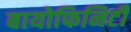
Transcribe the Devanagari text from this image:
बायोफिनिटी